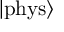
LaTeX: \left| \mathrm { p h y s } \right\rangle